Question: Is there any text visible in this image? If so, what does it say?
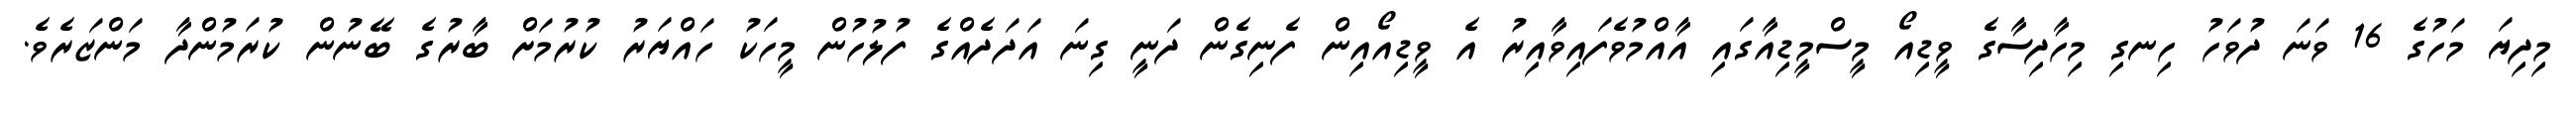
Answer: މިދިޔަ މަހުގެ 16 ވަނަ ދުވަހު ހިނގި މިހާދިސާގެ ވީޑިއޯ މީސްމީޑިއާގައި އާއްމުވެފައިވާއިރު އެ ވީޑިއޯއިން ފެނިގެން ދަނީ ގިނަ އަދަދެއްގެ ފުލުހުން މީހަކު ހައްޔަރު ކުރުމަށް ބާރުގެ ބޭނުން ކުރަމުންދާ މަންޒަރެވެ.